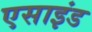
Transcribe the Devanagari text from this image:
एसाइंड